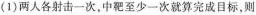
(1)两人各射击一次，中靶至少一次就算完成目标，则